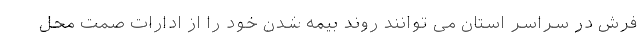
فرش در سراسر استان می توانند روند بیمه شدن خود را از ادارات صمت محل